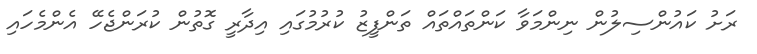
ރަށު ކައުންސިލުން ނިންމަވާ ކަންތައްތައް ތަންފީޒު ކުރުމުގައި އިދާރީ ގޮތުން ކުރަންޖެހޭ އެންމެހައި